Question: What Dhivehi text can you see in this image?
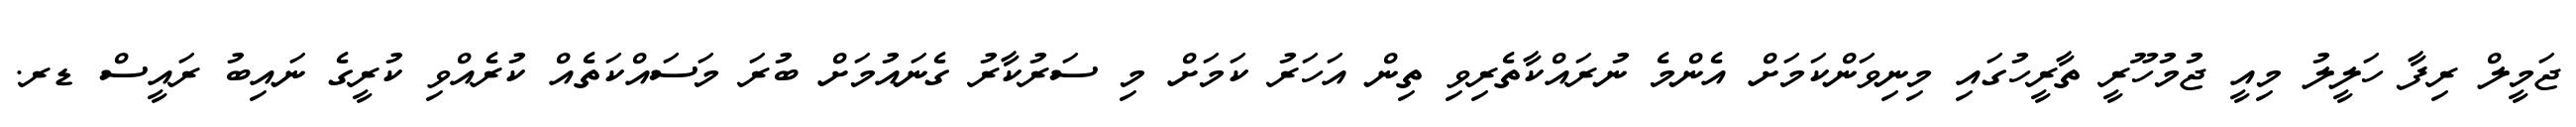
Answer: ޖަމީލް ރިފާ ހަލީލު މިއީ ޖުމުހޫރީ ތާރީހުގައި މިނިވަންކަމަށް އެންމެ ނުރައްކާތެރިވި ތިން އަހަރު ކަމަށް މި ސަރުކާރު ގެނައުމަށް ބުރަ މަސައްކަތެއް ކުރެއްވި ކުރީގެ ނައިބު ރައީސް ޑރ.